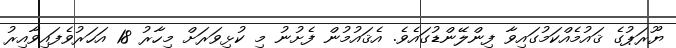
ޔޫރަޕުގެ ޤައުމެއްކަމުގައިވާ ފިންލޭންޑުގައެވެ. އެޤައުމުން ފެށުނު މި ކުޅިވަރަށް މިހާރު 18 އަހަރުވެފައިވާއިރު